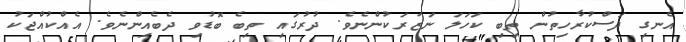
އެނގި ދަސްކުރާހިތުން ތިބި ކަހަލަ ނަޒަރަކުންނެވެ. ދުރުގައި ތިބެ ބޮޑުވި ދެބެއިންނެވެ. އެއްކުއްޖަކު